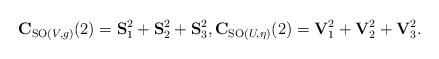
LaTeX: \begin{align*}\mathbf{C}_{{\rm SO}(V,g)}(2)=\mathbf{S}^{2}_{1}+\mathbf{S}^{2}_{2}+\mathbf{S}^{2}_{3},\mathbf{C}_{{\rm SO}(U,\eta)}(2)=\mathbf{V}^{2}_{1}+\mathbf{V}^{2}_{2}+\mathbf{V}^{2}_{3}.\end{align*}